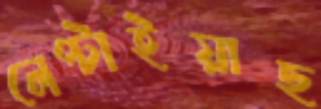
লেপ্‌টাইয়াছ